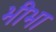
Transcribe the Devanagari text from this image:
भीभा